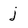
Character: j